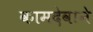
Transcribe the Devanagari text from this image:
कामदेवाने